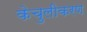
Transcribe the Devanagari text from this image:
केचुलीकरण